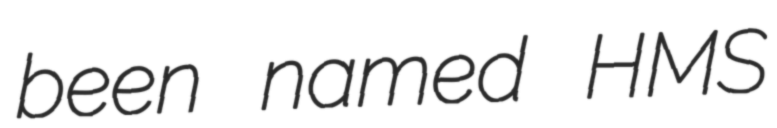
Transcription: been named HMS